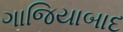
ગાજિયાબાદ